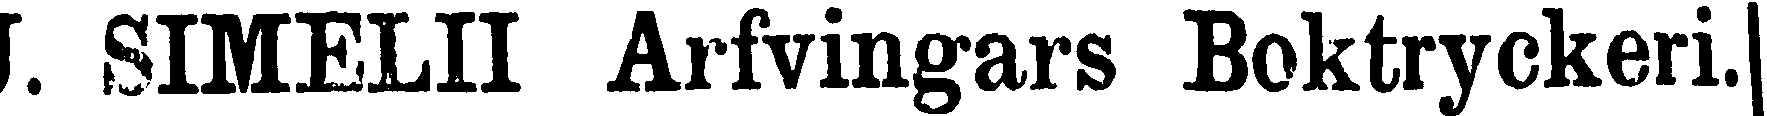
J. SIMELII Arfvingars Boktryckeri.|